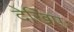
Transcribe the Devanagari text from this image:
देखिएः